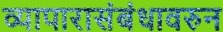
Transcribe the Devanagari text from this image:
व्यापारासंबंधावरुन